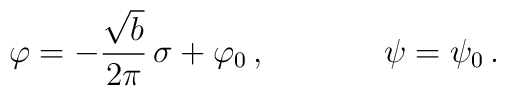
\varphi = - \frac{\sqrt{b}}{2\pi}\,\sigma + \varphi_0\,,\,\,\,\,\,\,\,\,\,\,\,\,\,\,\,\,\,\,\,\,\,\psi =  \psi_0\,.